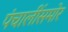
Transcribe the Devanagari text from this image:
पंचालींसमोर